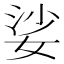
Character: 娑